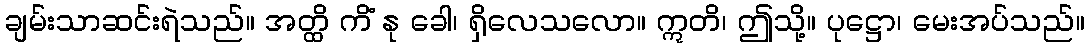
ချမ်းသာဆင်းရဲသည်။ အတ္ထိ ကိံ နု ခေါ၊ ရှိလေသလော။ ဣတိ၊ ဤသို့။ ပုဋ္ဌော၊ မေးအပ်သည်။